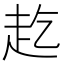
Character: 䞘